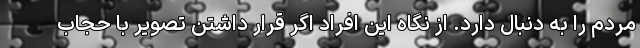
مردم را به دنبال دارد. از نگاه این افراد اگر قرار داشتن تصویر با حجاب